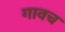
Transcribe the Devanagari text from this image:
गावच